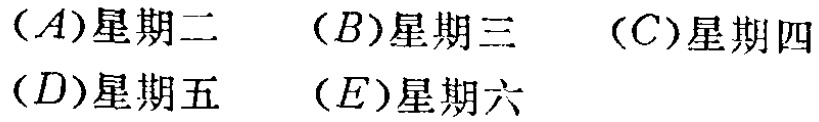
$(A)\text{星期二} \quad (B)\text{星期三} \quad (C)\text{星期四} \\

(D)\text{星期五} \quad (E)\text{星期六}$